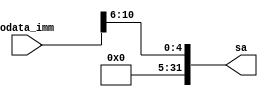
module imm2sa(odata_imm,sa);
    input[31:0] odata_imm;
    output[31:0] sa;
    
    assign sa = {27'b0,odata_imm[10:6]};

endmodule